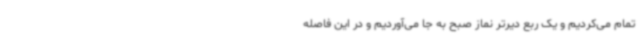
تمام می‌کردیم و یک ربع دیرتر نماز صبح به جا می‌آوردیم و در این فاصله